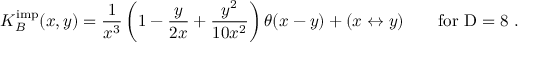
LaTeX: K _ { B } ^ { \mathrm { i m p } } ( x , y ) = \frac { 1 } { x ^ { 3 } } \left( 1 - \frac { y } { 2 x } + \frac { y ^ { 2 } } { 1 0 x ^ { 2 } } \right) \theta ( x - y ) + ( x \leftrightarrow y ) \qquad \mathrm { f o r ~ D = 8 ~ } .